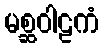
မစ္ဆဝါဠကံ